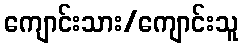
ကျောင်းသား/ကျောင်းသူ